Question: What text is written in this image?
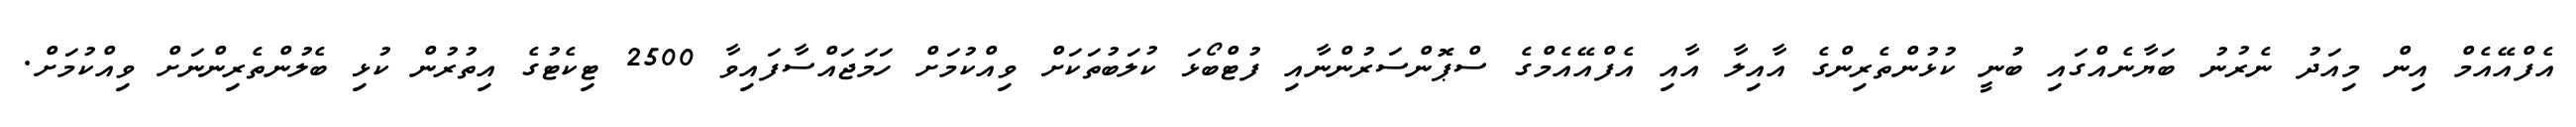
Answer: އެފްއޭއެމް އިން މިއަދު ނެރުނު ބަޔާނެއްގައި ބުނީ ކުޅުންތެރިންގެ އާއިލާ އާއި އެފްއޭއެމްގެ ސްޕޮންސަރުންނާއި ފުޓްބޯޅަ ކުލަބުތަކަށް ވިއްކުމަށް ހަމަޖައްސާފައިވާ 2500 ޓިކެޓުގެ އިތުރުން ކުޅި ބެލުންތެރިންނަށް ވިއްކުމަށް.